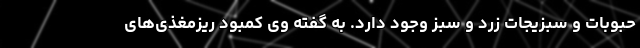
حبوبات و سبزیجات زرد و سبز وجود دارد. به گفته وی کمبود ریزمغذی‌های